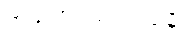
တိံသကပ္ပသဟဿမှိ